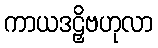
ကာယဒဠှိဗဟုလာ